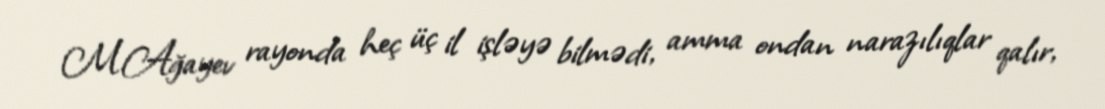
M.Ağayev rayonda heç üç il işləyə bilmədi, amma ondan narazılıqlar qalır,